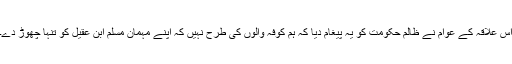
اس علاقہ کے عوام نے ظالم حکومت کو یہ پیغام دیا کہ ہم کوفہ والوں کی طرح نہیں کہ اپنے مہمان مسلم ابن عقیل کو تنہا چھوڑ دے۔